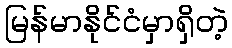
မြန်မာနိုင်ငံမှာရှိတဲ့